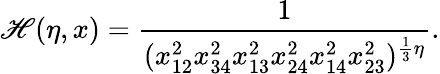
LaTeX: \mathscr{H}(\eta,x)=\frac{{1}}{{(x_{12}^{2}x_{34}^{2}x_{13}^{2}x_{24}^{2}x_{14}^{2}x_{23}^{2})^{\frac{{1}}{{3}}\eta}}}.